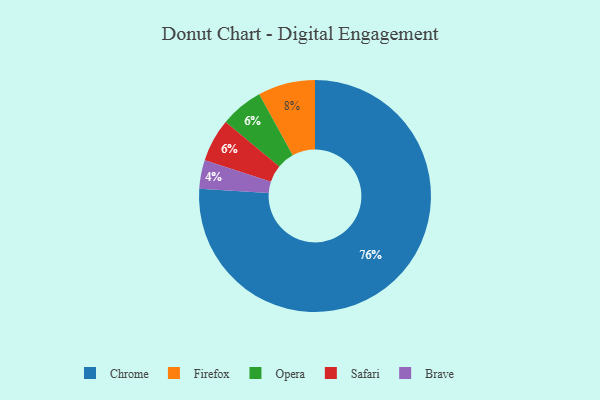
{"axis": {"x": "Category", "y": "Percentage"}, "legend": ["Brave", "Chrome", "Firefox", "Opera", "Safari"], "data": [{"x": "Opera", "y": 6, "type": "Opera"}, {"x": "Brave", "y": 4, "type": "Brave"}, {"x": "Safari", "y": 6, "type": "Safari"}, {"x": "Firefox", "y": 8, "type": "Firefox"}, {"x": "Chrome", "y": 76, "type": "Chrome"}]}